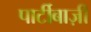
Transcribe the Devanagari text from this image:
पार्टीबाज़ी